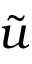
\tilde { u }